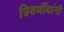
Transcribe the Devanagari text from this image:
त्रिवर्णीयांनी